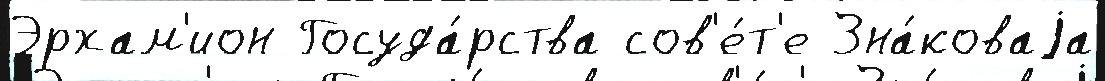
Эрхам'ион Госуда́рства сов'е́т'е Зна́коваjа